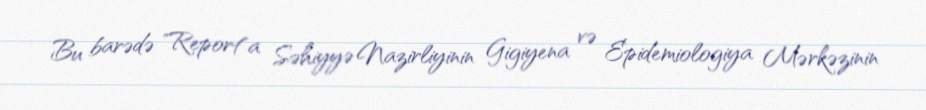
Bu barədə "Report"a Səhiyyə Nazirliyinin Gigiyena və Epidemiologiya Mərkəzinin